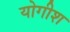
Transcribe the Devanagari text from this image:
योगीश